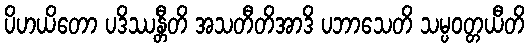
ပိဟယိတော ပဒိဿန္တီတိ အသတီတိအာဒိ ပဘာသေတိ သမ္ပဝတ္တယီတိ